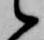
候